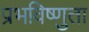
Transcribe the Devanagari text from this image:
प्रभविष्णुता